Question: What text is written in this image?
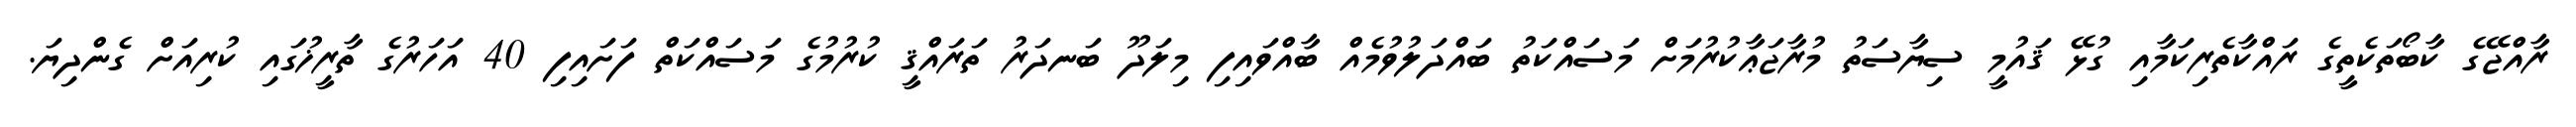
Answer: ރާއްޖޭގެ ކާބޯތަކެތީގެ ރައްކާތެރިކަމާއި ގުޅޭ ޤައުމީ ސިޔާސަތު މުރާޖަޢާކުރުމަށް މަސައްކަތު ބައްދަލުވުމެއް ބާއްވައިފި މިލަދޫ ބަނދަރު ތަރައްޤީ ކުރުމުގެ މަސައްކަތް ފަށައިފި 40 އަހަރުގެ ތާރީޚުގައި ކުރިއަށް ގެންދިޔަ.